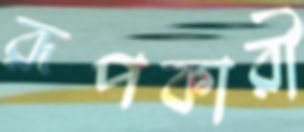
রূপকারী